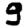
Digit: 9